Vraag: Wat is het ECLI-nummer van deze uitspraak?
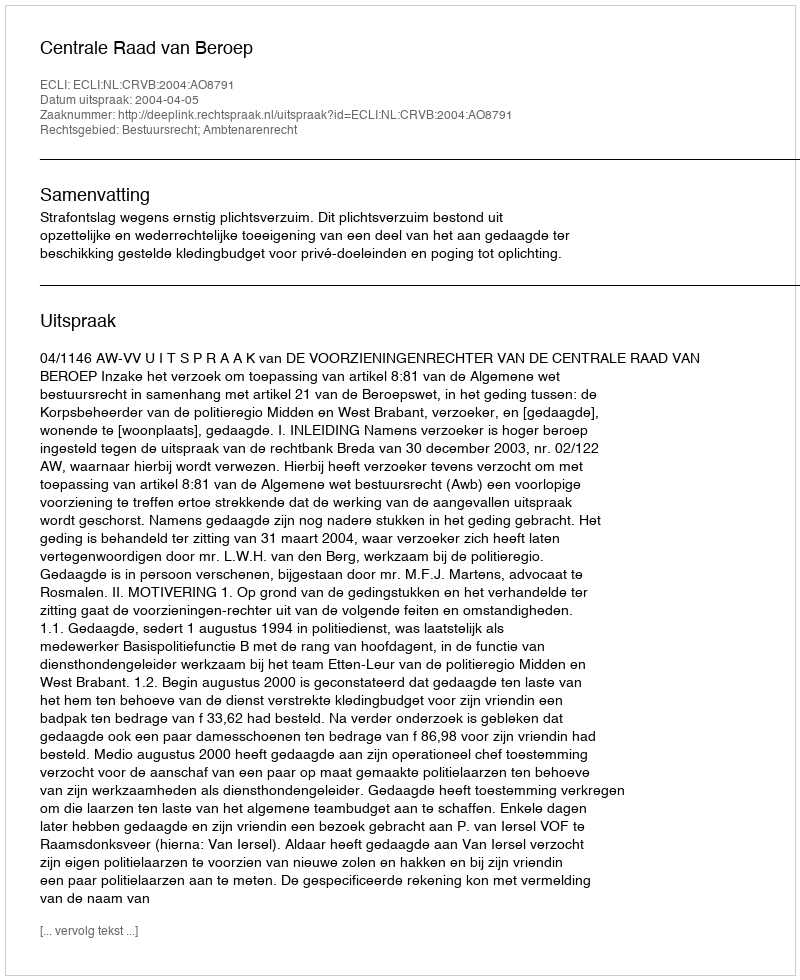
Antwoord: ECLI:NL:CRVB:2004:AO8791